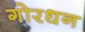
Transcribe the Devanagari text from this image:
गोरधन